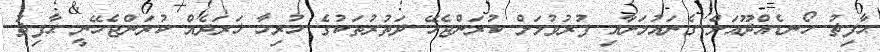
ޙާފިޡު ހޯނޑެއްދޫއަށް ގެނައުމަށާއި ފުރުވުމަށް ކުރަންޖެހޭ ދަތުރުތަކުގެ ހުރިހާ ޚަރަދެއް ކުރަންޖެހޭނީ ޙާފިޡު